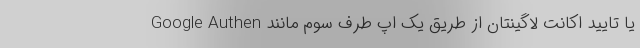
یا تایید اکانت لاگینتان از طریق یک اپ طرف سوم مانند Google Authen